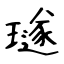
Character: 璲